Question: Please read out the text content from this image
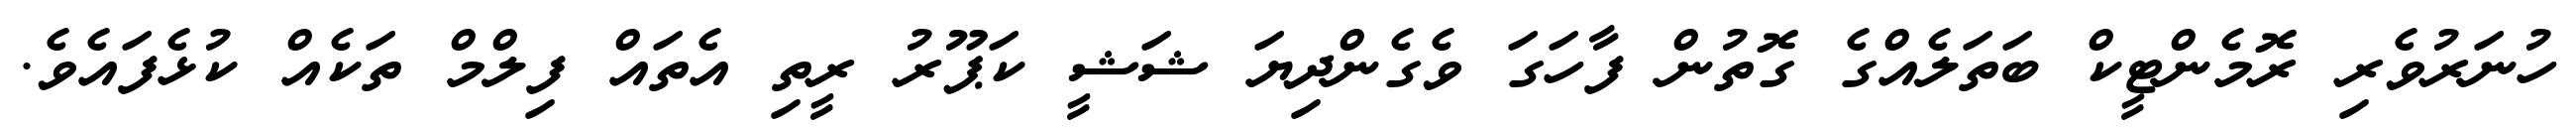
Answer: ހުނަރުވެރި ރޮމެންޓީކް ބަތަލެއްގެ ގޮތުން ފާހަގަ ވެގެންދިޔަ ޝަޝީ ކަޕޫރު ރީތި އެތައް ފިލްމް ތަކެއް ކުޅެފައެވެ.